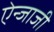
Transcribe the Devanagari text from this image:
ऐन्जाजी